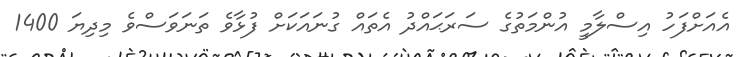
އެއަށްފަހު އިސްލާމީ އުންމަތުގެ ސަރަޙައްދު އެތައް ގުނައަކަށް ފުޅާވެ ތަނަވަސްވެ މިދިޔަ 1400